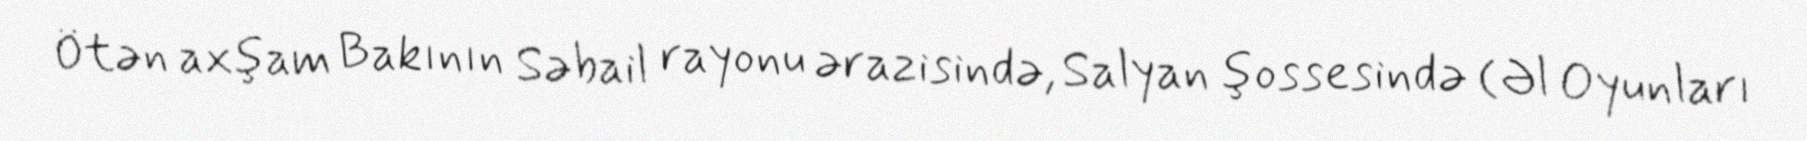
Ötən axşam Bakının Səbail rayonu ərazisində, Salyan şossesində (Əl Oyunları